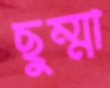
ছুম্মা